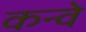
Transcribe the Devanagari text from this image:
कन्वे